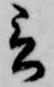
言